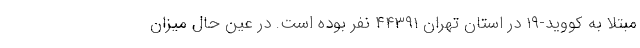
مبتلا به کووید-۱۹ در استان تهران ۴۴۳۹۱ نفر بوده است. در عین حال میزان